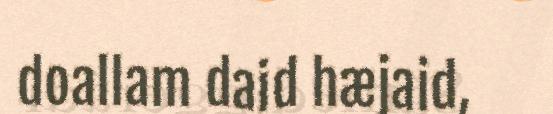
doallam daid hæjaid,